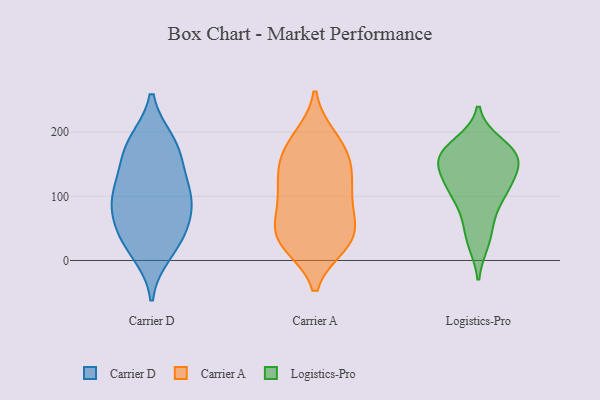
{"axis": {"x": "Inventory Turnover", "y": "Value"}, "legend": ["Carrier A", "Carrier D", "Logistics-Pro"], "data": [{"x": "", "y": 13, "type": "Carrier D"}, {"x": "", "y": 102, "type": "Carrier D"}, {"x": "", "y": 184, "type": "Carrier D"}, {"x": "", "y": 86, "type": "Carrier D"}, {"x": "", "y": 139, "type": "Carrier D"}, {"x": "", "y": 58, "type": "Carrier D"}, {"x": "", "y": 36, "type": "Carrier D"}, {"x": "", "y": 168, "type": "Carrier D"}, {"x": "", "y": 36, "type": "Carrier D"}, {"x": "", "y": 181, "type": "Carrier D"}, {"x": "", "y": 99, "type": "Carrier D"}, {"x": "", "y": 100, "type": "Carrier D"}, {"x": "", "y": 138, "type": "Carrier A"}, {"x": "", "y": 185, "type": "Carrier A"}, {"x": "", "y": 101, "type": "Carrier A"}, {"x": "", "y": 32, "type": "Carrier A"}, {"x": "", "y": 150, "type": "Carrier A"}, {"x": "", "y": 191, "type": "Carrier A"}, {"x": "", "y": 27, "type": "Carrier A"}, {"x": "", "y": 143, "type": "Carrier A"}, {"x": "", "y": 33, "type": "Carrier A"}, {"x": "", "y": 55, "type": "Carrier A"}, {"x": "", "y": 25, "type": "Carrier A"}, {"x": "", "y": 174, "type": "Carrier A"}, {"x": "", "y": 93, "type": "Carrier A"}, {"x": "", "y": 44, "type": "Carrier A"}, {"x": "", "y": 79, "type": "Carrier A"}, {"x": "", "y": 118, "type": "Carrier A"}, {"x": "", "y": 165, "type": "Logistics-Pro"}, {"x": "", "y": 118, "type": "Logistics-Pro"}, {"x": "", "y": 63, "type": "Logistics-Pro"}, {"x": "", "y": 160, "type": "Logistics-Pro"}, {"x": "", "y": 28, "type": "Logistics-Pro"}, {"x": "", "y": 102, "type": "Logistics-Pro"}, {"x": "", "y": 150, "type": "Logistics-Pro"}, {"x": "", "y": 182, "type": "Logistics-Pro"}, {"x": "", "y": 114, "type": "Logistics-Pro"}, {"x": "", "y": 160, "type": "Logistics-Pro"}]}